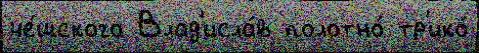
че́шского Влад'исла́в полотно́ тр'ико́